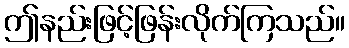
ဤနည်းဖြင့်ဖြန်းလိုက်ကြသည်။